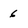
Character: 6